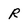
Character: R